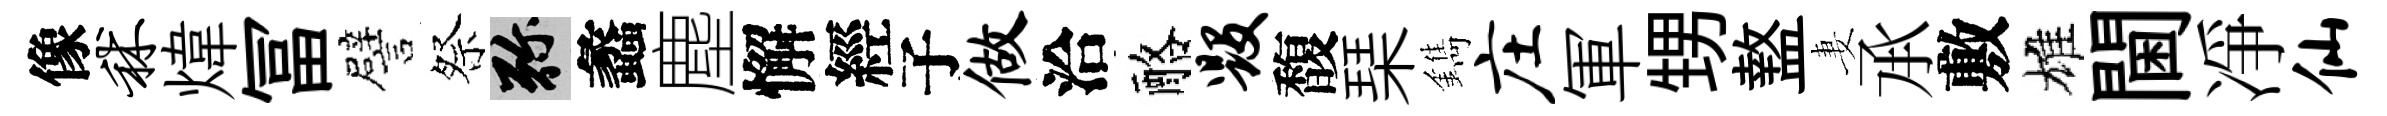
像秫煒冨譬祭弥蠡塵懈經子做洽酪毁馥琹鐫庄軍甥盩妻𠄘敷雄閫凈仙